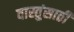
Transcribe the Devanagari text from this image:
वास्तुंसाठी